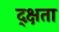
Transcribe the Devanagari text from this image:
द्क्षता